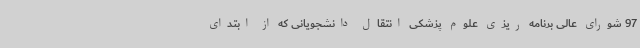
97 شورای عالی برنامه ریزی علوم پزشکی انتقال دانشجویانی که از ابتدای